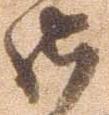
御